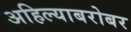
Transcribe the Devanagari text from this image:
अहिल्याबरोबर